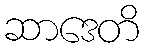
ဆာဒေတိ